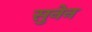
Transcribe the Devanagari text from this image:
सुनेन